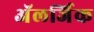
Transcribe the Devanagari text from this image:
अॅलर्जिक